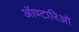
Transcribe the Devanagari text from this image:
ऑण्टारिओ